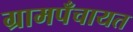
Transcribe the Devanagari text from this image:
ग्रामपँचायत